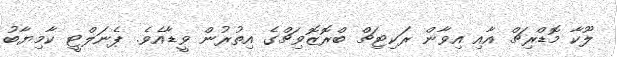
ލޫކާ މޮޑްރިޗް އާއި އިވާން ރަކިޓިޗް ބްރޮޒޮވިޗްގެ އިތުރުން ވީޑާއެވެ. ޕެނަލްޓީ ކާމިޔާބު